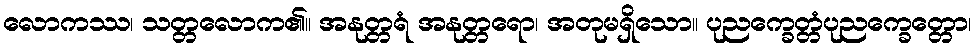
လောကဿ၊ သတ္တလောက၏။ အနုတ္တရံ အနုတ္တရော၊ အတုမရှိသော။ ပုညက္ခေတ္တံပုညက္ခေတ္တော၊